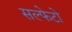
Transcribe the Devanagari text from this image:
सल्फेटो